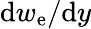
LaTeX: \mathrm{d}w_{\mathrm{e}}/\mathrm{d}y